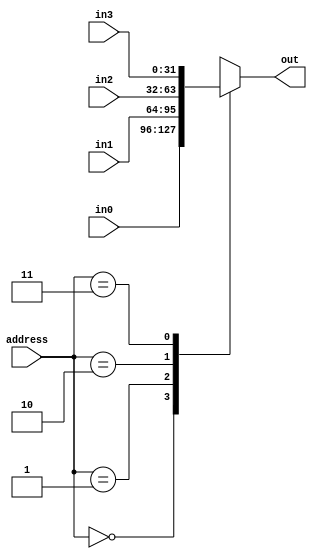
module mux4to1
	(
		output[31:0] 	out,
		input[1:0] 	address,
		input[31:0] 	in0, in1, in2, in3
	);
	wire[31:0] inputs[3:0];
	assign inputs[0] = in0;
	assign inputs[1] = in1;
	assign inputs[2] = in2;
	assign inputs[3] = in3;
	assign out = inputs[address];
endmodule

module mux3to1
	(
		output[31:0] 	out,
		input[1:0] 	address,
		input[31:0] 	in0, in1, in2
	);
	wire[31:0] inputs[2:0];
	assign inputs[0] = in0;
	assign inputs[1] = in1;
	assign inputs[2] = in2;
	assign out = inputs[address];
endmodule

module mux2to1
	(
		output[31:0] 	out,
		input  		address,
		input[31:0] 	in0, in1
	);
	wire [31:0] inputs[1:0];
	assign inputs[0] = in0;
	assign inputs[1] = in1;
	assign out = inputs[address];
endmodule

module mux3to1dst
	(
		output[4:0] 	out,
		input[1:0] 	address,
		input[4:0] 	in0, in1, in2
	);
	wire[4:0] inputs[2:0];
	assign inputs[0] = in0;
	assign inputs[1] = in1;
	assign inputs[2] = in2;
	assign out = inputs[address];
endmodule